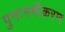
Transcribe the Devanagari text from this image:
पुनःनमीकरण